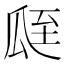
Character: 𦤻